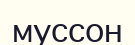
муссон